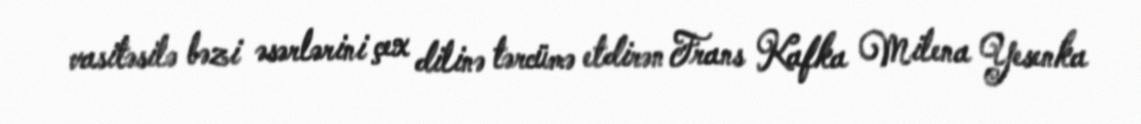
vasitəsilə bəzi əsərlərini çex dilinə tərcümə etdirən Frans Kafka Milena Yesenka